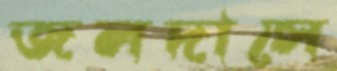
জলদাসে